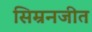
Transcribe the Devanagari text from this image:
सिम्रनजीत